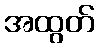
အထွတ်